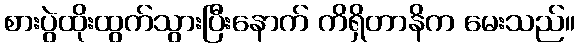
စားပွဲထိုးထွက်သွားပြီးနောက် ကိရှိတာနိက မေးသည်။